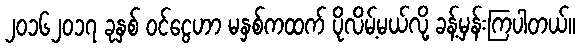
၂၀၁၆၂၀၁၇ ခုနှစ် ဝင်ငွေဟာ မနှစ်ကထက် ပိုလိမ့်မယ်လို့ ခန့်မှန်းကြပါတယ်။